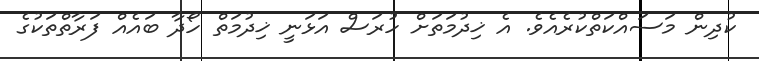
ކުދިން މަސައްކަތްކުރެއެވެ. އެ ޚިދުމަތަށް ހުރަސް އަޅަނީ ޚިދުމަތް ހޯދާ ބައެއް ފަރާތްތަކުގެ